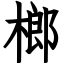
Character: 榔